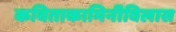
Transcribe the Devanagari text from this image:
कविताकामिनीविलास